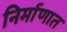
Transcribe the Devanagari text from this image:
निर्माणात